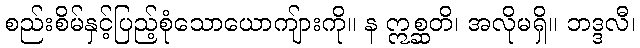
စည်းစိမ်နှင့်ပြည့်စုံသောယောကျ်ားကို။ န ဣစ္ဆတိ၊ အလိုမရှိ။ ဘဒ္ဒလီ၊